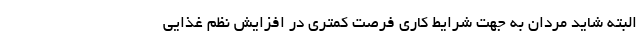
البته شاید مردان به جهت شرایط کاری فرصت کمتری در افزایش نظم غذایی